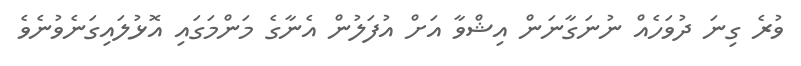
ވުރެ ގިނަ ދުވަހެއް ނުނަގާނަން އިޝްވާ އަށް އުފަލުން އެނާގެ މަންމަގައި އޮޅުލައިގަނެވުނެވެ